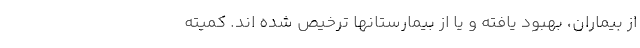
از بیماران، بهبود یافته و یا از بیمارستانها ترخیص شده اند. کمیته